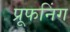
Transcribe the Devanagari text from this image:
प्रूफनिंग